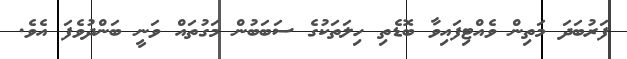
ފަރުބަދަ މަތިން ވެއްޓިފައިވާ ބޮޑެތި ހިލަތަކުގެ ސަބަބުން މަގުތައް ވަނީ ބަންދުވެފަ އެވެ.